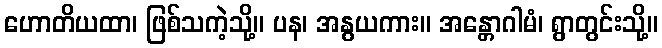
ဟောတိယထာ၊ ဖြစ်သကဲ့သို့။ ပန၊ အနွယကား။ အန္တောဂါမံ၊ ရွာတွင်းသို့။